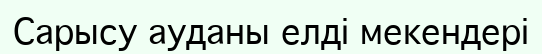
Сарысу ауданы елді мекендері